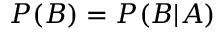
P ( B ) = P ( B | A )